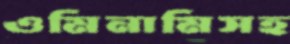
ওমিনামিসহ